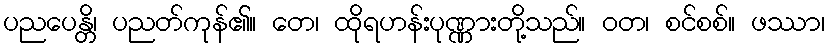
ပညပေန္တိ၊ ပညတ်ကုန်၏။ တေ၊ ထိုရဟန်းပုဏ္ဏားတို့သည်။ ဝတ၊ စင်စစ်။ ဖဿာ၊